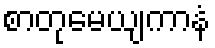
စာတုမေယျကာနံ